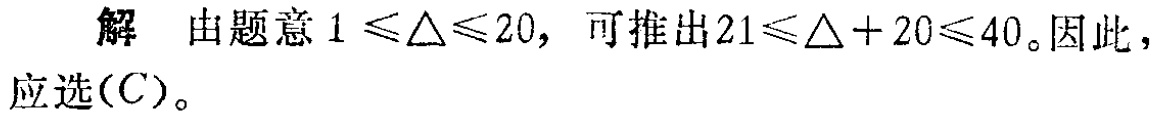
解 由题意 \(1 \leq \triangle\leq 20\)，可推出 \(21\leq \triangle + 20\leq 40\)。因此，应选\((C)\)。